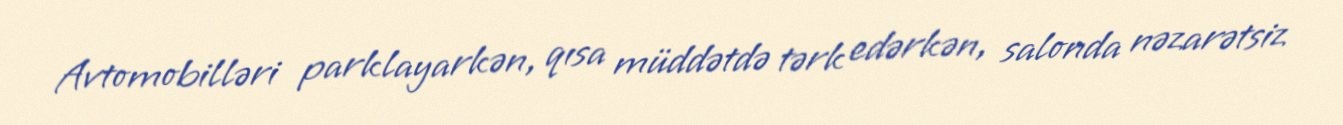
Avtomobilləri parklayarkən, qısa müddətdə tərk edərkən, salonda nəzarətsiz